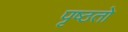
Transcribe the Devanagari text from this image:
पृष्ठतो